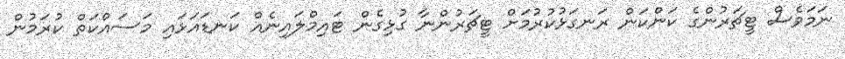
ނަމަވެސް ޓީޗަރުންގެ ކަންކަން ރަނގަޅުކުރުމަށް ޓީޗަރުންނާ ގުޅިގެން ޓައިމްލައިނެއް ކަނޑައަޅައި މަސައްކަތް ކުރަމުން